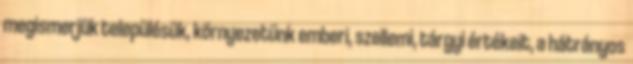
megismerjük településük, környezetünk emberi, szellemi, tárgyi értékeit, a hátrányos